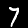
Digit: 7